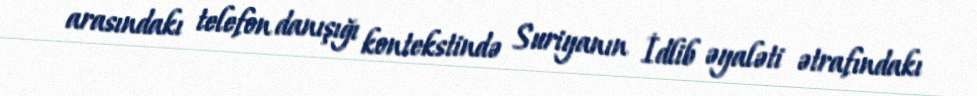
arasındakı telefon danışığı kontekstində Suriyanın İdlib əyaləti ətrafındakı